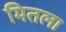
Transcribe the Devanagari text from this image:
मितला